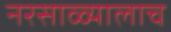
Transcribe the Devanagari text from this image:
नरसाळ्यालाच